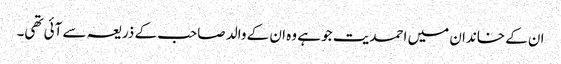
ان کے خاندان میں احمدیت جو ہے وہ ان کے والد صاحب کے ذریعہ سے آئی تھی۔